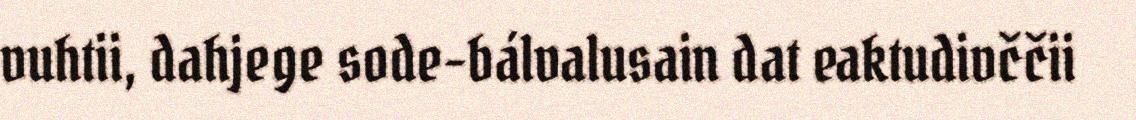
vuhtii, dahjege sode-bálvalusain dat eaktudivččii